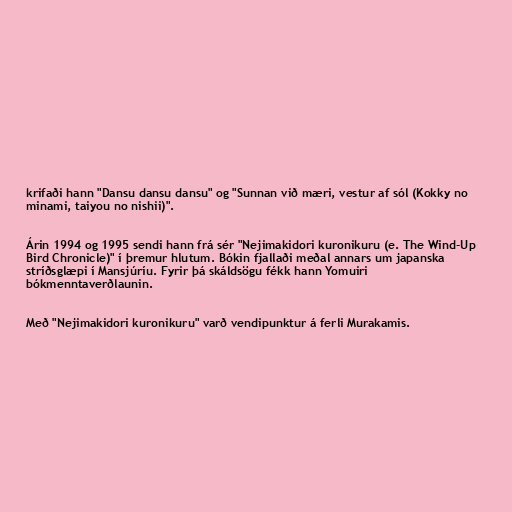
krifaði hann "Dansu dansu dansu" og "Sunnan við mæri, vestur af sól (Kokky no
minami, taiyou no nishii)".

Árin 1994 og 1995 sendi hann frá sér "Nejimakidori kuronikuru (e. The Wind-Up
Bird Chronicle)" í þremur hlutum. Bókin fjallaði meðal annars um japanska
stríðsglæpi í Mansjúríu. Fyrir þá skáldsögu fékk hann Yomuiri
bókmenntaverðlaunin.

Með "Nejimakidori kuronikuru" varð vendipunktur á ferli Murakamis.